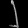
Digit: ၂